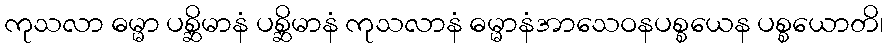
ကုသလာ ဓမ္မာ ပစ္ဆိမာနံ ပစ္ဆိမာနံ ကုသလာနံ ဓမ္မာနံအာသေဝနပစ္စယေန ပစ္စယောတိ၊